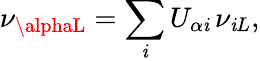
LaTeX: \nu_{\alphaL}=\sum_{\mathit{i}}U_{\alpha\mathit{i}}\, \nu_{\mathit{i}L},